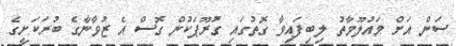
ސަން އަށް މައުލޫމާތު ލިބިފައިވާ ގޮތުގައި ގުރޫޕަކުން ގޮސް އެ ޒުވާނާގެ ބުރަކަށީގެ